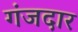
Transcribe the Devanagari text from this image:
गंजदार